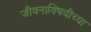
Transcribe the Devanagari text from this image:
जीवनाविषयीच्या